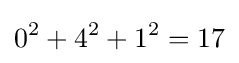
0^{2}+4^{2}+1^{2}=17